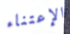
الإعتناء